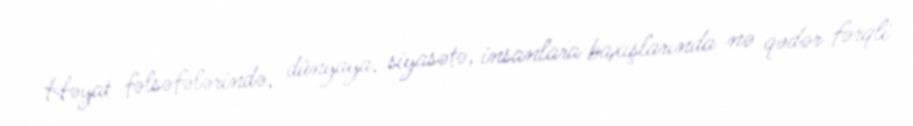
Həyat fəlsəfələrində, dünyaya, siyasətə, insanlara baxışlarında nə qədər fərqli